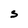
Character: S